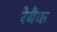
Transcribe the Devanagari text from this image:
रेबैक